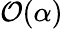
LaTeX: \mathcal{O}(\alpha)